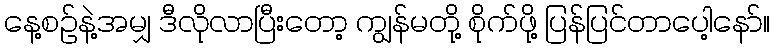
နေ့စဉ်နဲ့အမျှ ဒီလိုလာပြီးတော့ ကျွန်မတို့ စိုက်ဖို့ ပြန်ပြင်တာပေါ့နော်။